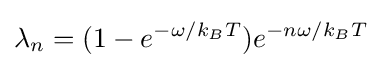
\lambda _{n}=(1-e^{-\omega /k_{B}T})e^{-n\omega /k_{B}T}